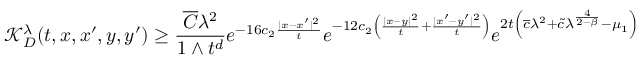
\qquad \mathcal { K } _ { D } ^ { \lambda } ( t , x , x ^ { \prime } , y , y ^ { \prime } ) \ge \frac { \overline { { C } } \lambda ^ { 2 } } { 1 \wedge t ^ { d } } e ^ { - 1 6 c _ { 2 } \frac { | x - x ^ { \prime } | ^ { 2 } } { t } } e ^ { - 1 2 c _ { 2 } \left( \frac { | x - y | ^ { 2 } } { t } + \frac { | x ^ { \prime } - y ^ { \prime } | ^ { 2 } } { t } \right) } e ^ { 2 t \left( \overline { { c } } \lambda ^ { 2 } + \widetilde { c } \lambda ^ { \frac { 4 } { 2 - \beta } } - \mu _ { 1 } \right) }